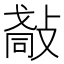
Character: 𢿀